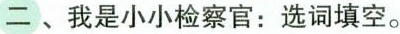
二、我是小小检察官: 选词填空。